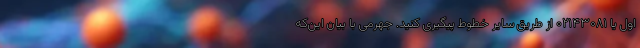
اول یا ۰۲۱۴۳۰۸۱ از طریق سایر خطوط پیگیری کنید. جهرمی با بیان این‌که